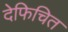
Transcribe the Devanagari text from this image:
देफिचित